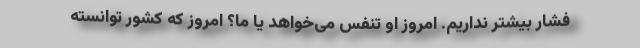
فشار بیشتر نداریم. امروز او تنفس می‌خواهد یا ما؟ امروز که کشور توانسته